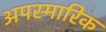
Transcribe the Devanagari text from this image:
अपस्मारिक